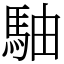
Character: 駎